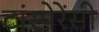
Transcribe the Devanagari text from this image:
टांस्पेरेंसी